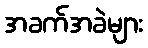
အခက်အခဲများ